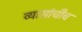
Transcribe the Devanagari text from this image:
व्यासांचीच